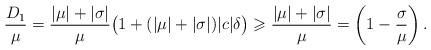
LaTeX: \begin{align*}\frac{D_1}{\mu}= \frac{|\mu| + |\sigma|}{\mu}\bigl( 1 + (|\mu| + |\sigma|)|c|\delta\bigr)\geqslant \frac{|\mu| + |\sigma|}{\mu}= \left( 1 - \frac{\sigma}{\mu} \right).\end{align*}